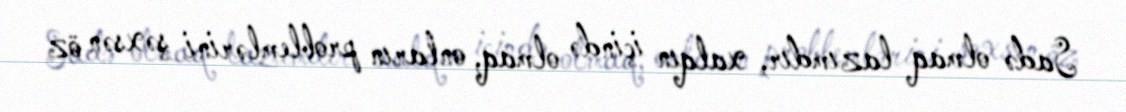
Sadə olmaq lazımdır, xalqın içində olmaq, onların problemlərini şəxsən öz